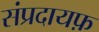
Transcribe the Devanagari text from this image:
संप्रदायफ़